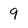
Character: 9